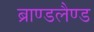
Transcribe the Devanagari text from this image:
ब्राण्डलैण्ड